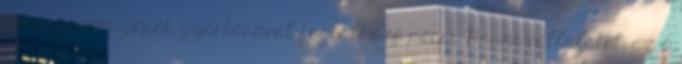
dohányipari gépek gyártásával foglalkozó pécsi Hauni vállalatot, az ô